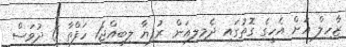
ޒާހިލް އަށް އެހީގެ ގޮތުގައި ދެމިލިއަން ރުފިޔާ ލިބިއްޖެ1 ހަފްތާ 6 ދުވަސް